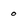
Character: 0